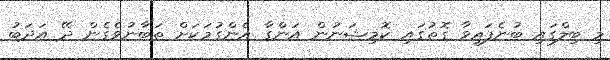
މި ބިލްގައި ބުނެފައިވާ ގޮތުގައި ކޮމިޝަނުން އަންގާ އެންގުމަކަށް ތަބާނުވެގެން ދޭ އަދަބު